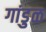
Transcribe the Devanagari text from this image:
गांडुळ